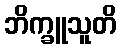
ဘိက္ခူသူတိ